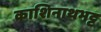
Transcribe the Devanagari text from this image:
काशिनाथभट्ट